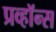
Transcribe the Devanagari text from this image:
प्रव्हॉन्स